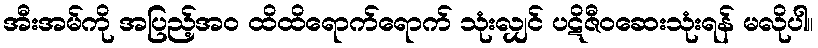
အီးအမ်ကို အပြည့်အဝ ထိထိရောက်ရောက် သုံးလျှင် ပဋိဇီဝဆေးသုံးရန် မလိုပါ။